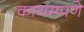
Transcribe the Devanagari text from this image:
कायमपणे